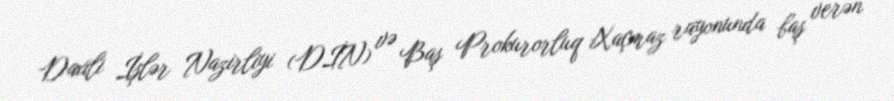
Daxili İşlər Nazirliyi (DİN) və Baş Prokurorluq Xaçmaz rayonunda baş verən